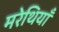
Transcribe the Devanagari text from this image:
मरेथियाँ